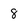
Character: 8